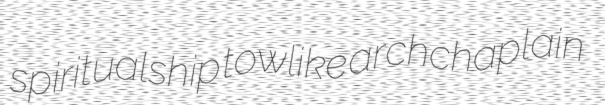
spiritualship towlike archchaplain